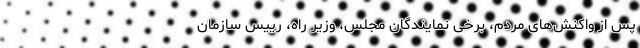
پس از واکنش‌های مردم، برخی نمایندگان مجلس، وزیر راه، رییس سازمان